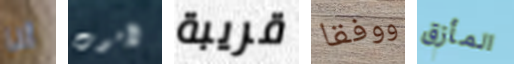
أنا لأموت قريبة ووفقا المأزق